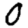
Digit: 0